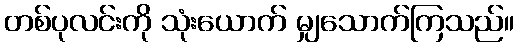
တစ်ပုလင်းကို သုံးယောက် မျှသောက်ကြသည်။